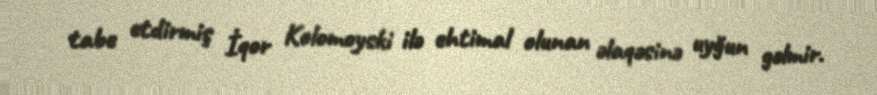
tabe etdirmiş İqor Kolomoyski ilə ehtimal olunan əlaqəsinə uyğun gəlmir.